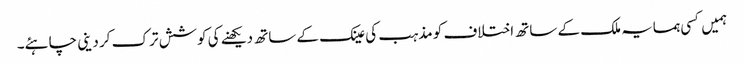
ہمیں کسی ہمسایہ ملک کے ساتھ اختلاف کو مذہب کی عینک کے ساتھ دیکھنے کی کوشش ترک کر دینی چاہئے۔